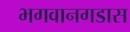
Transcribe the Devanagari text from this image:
भगवानगडास